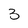
Character: 3